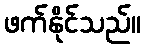
ဖက်နိုင်သည်။